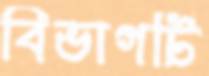
বিভাগটি